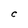
Character: C